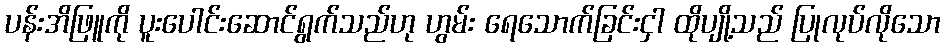
ပန်းအိဖြူကို ပူးပေါင်းဆောင်ရွက်သည်ဟု ဟွမ်း ရေသောက်ခြင်းငှါ ထိုပျို့သည် ပြုလုပ်လိုသော